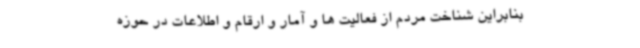
بنابراین شناخت مردم از فعالیت ها و آمار و ارقام و اطلاعات در حوزه